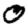
Digit: 0